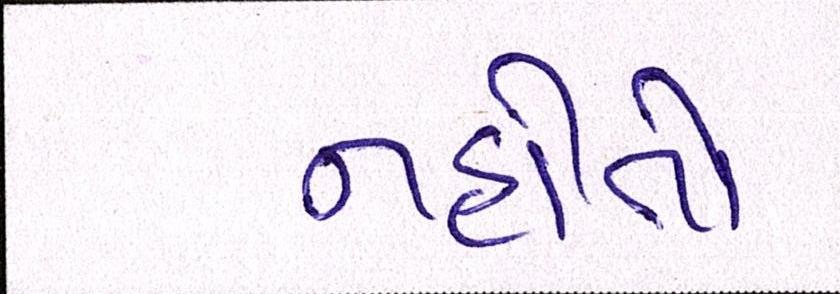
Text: નહોતો